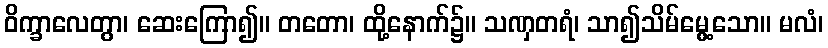
ဝိက္ခာလေတွာ၊ ဆေးကြော၍။ တတော၊ ထို့နောက်၌။ သဏှတရံ၊ သာ၍သိမ်မွေ့သော။ မလံ၊